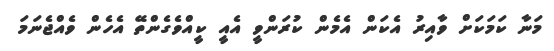
މަނާ ކަމަކަށް ވާއިރު އެކަން އެމެން ކުރަންވީ އެއީ ކީއްވެގެންތޭ އެހެން ވެއްޖެނަމަ